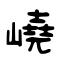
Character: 嶢